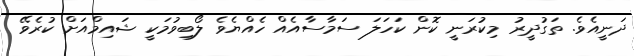
ދަނީއެވެ. ތަގުދީރު މިކުރަނީ ކޮން ކަހަލަ ސަމާސާއެއް ހެއްޔެވެ ލޯބިވުމަކީ ޝައިމްއަށް ކުރެވޭ